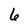
Character: 6